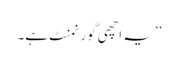
’’یہ اچھی گورنمنٹ ہے۔